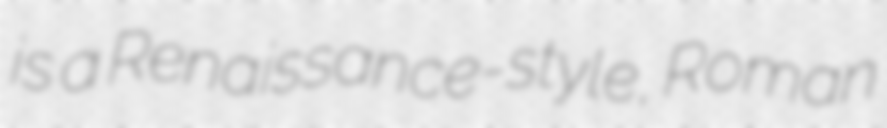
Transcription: is a Renaissance-style, Roman